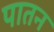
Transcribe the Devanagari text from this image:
पातन